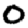
Digit: 0